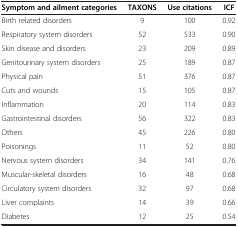
<table><thead><tr><td><b>Symptom and ailment categories</b></td><td><b>TAXONS</b></td><td><b>Use citations</b></td><td><b>ICF</b></td></tr></thead><tbody><tr><td>Birth related disorders</td><td>9</td><td>100</td><td>0.92</td></tr><tr><td>Respiratory system disorders</td><td>52</td><td>533</td><td>0.90</td></tr><tr><td>Skin disease and disorders</td><td>23</td><td>209</td><td>0.89</td></tr><tr><td>Genitourinary system disorders</td><td>25</td><td>189</td><td>0.87</td></tr><tr><td>Physical pain</td><td>51</td><td>376</td><td>0.87</td></tr><tr><td>Cuts and wounds</td><td>15</td><td>105</td><td>0.87</td></tr><tr><td>Inflammation</td><td>20</td><td>114</td><td>0.83</td></tr><tr><td>Gastrointestinal disorders</td><td>56</td><td>322</td><td>0.83</td></tr><tr><td>Others</td><td>45</td><td>226</td><td>0.80</td></tr><tr><td>Poisonings</td><td>11</td><td>52</td><td>0.80</td></tr><tr><td>Nervous system disorders</td><td>34</td><td>141</td><td>0.76</td></tr><tr><td>Muscular-skeletal disorders</td><td>16</td><td>48</td><td>0.68</td></tr><tr><td>Circulatory system disorders</td><td>32</td><td>97</td><td>0.68</td></tr><tr><td>Liver complaints</td><td>14</td><td>39</td><td>0.66</td></tr><tr><td>Diabetes</td><td>12</td><td>25</td><td>0.54</td></tr></tbody></table>